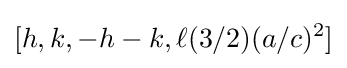
[h,k,-h-k,\ell (3/2)(a/c)^{2}]